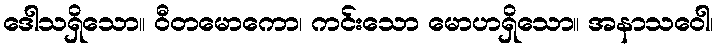
ဒေါသရှိသော။ ဝီတမောကော၊ ကင်းသော မောဟရှိသော။ အနာသဝေါ၊